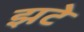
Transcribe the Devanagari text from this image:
झटे